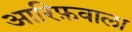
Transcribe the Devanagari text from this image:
आरिफ़वाला